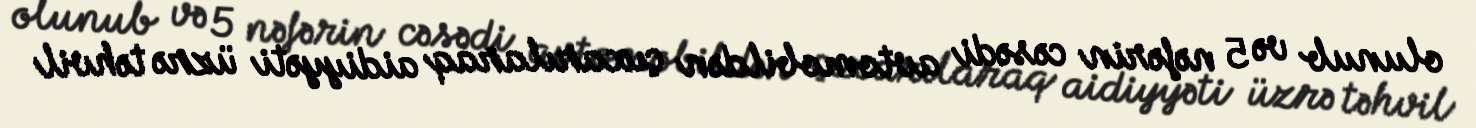
olunub və 5 nəfərin cəsədi avtomobildən çıxarılaraq aidiyyəti üzrə təhvil